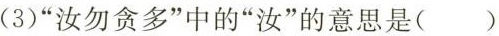
(3)”汝勿贪多”中的”汝”的意思是（）